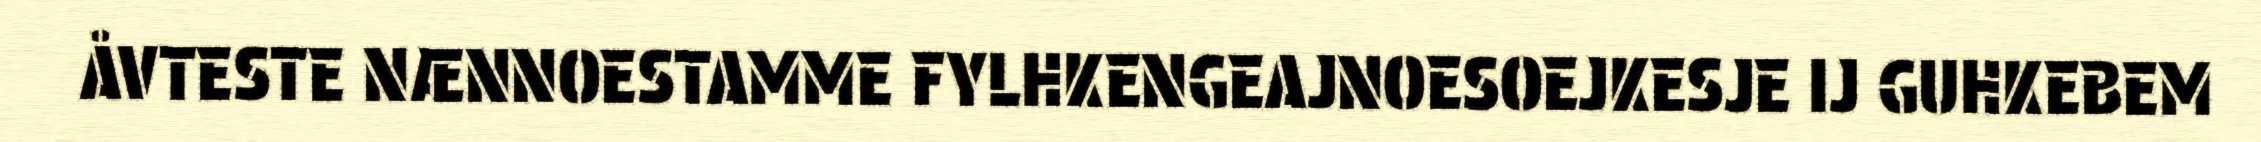
ÅVTESTE NÆNNOESTAMME FYLHKENGEAJNOESOEJKESJE IJ GUHKEBEM